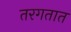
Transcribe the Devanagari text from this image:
तरगतात